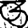
Digit: 3